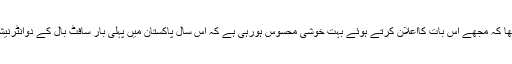
اس موقع پر فریال علی گوہرکاکہنا تھا کہ مجھے اس بات کااعلان کرتے ہوئے بہت خوشی محسوس ہورہی ہے کہ اس سال پاکستان میں پہلی بار سافٹ بال کے دوانٹرنیشنل ایونٹس منعقد ہونے جارہے ہیں ۔